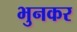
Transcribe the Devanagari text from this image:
भुनकर